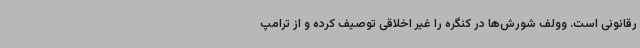
رقانونی است. وولف شورش‌ها در کنگره را غیر اخلاقی توصیف کرده و از ترامپ